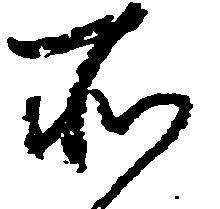
所